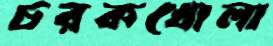
চরকখোলা